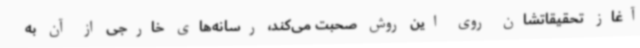
آغاز تحقیقاتشان روی این روش صحبت می‌کند، رسانه‌های خارجی از آن به